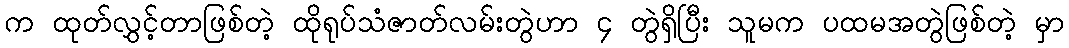
က ထုတ်လွှင့်တာဖြစ်တဲ့ ထိုရုပ်သံဇာတ်လမ်းတွဲဟာ ၄ တွဲရှိပြီး သူမက ပထမအတွဲဖြစ်တဲ့ မှာ